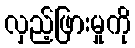
လှည့်ဖြားမှုကို